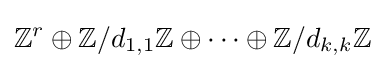
\mathbb {Z} ^{r}\oplus \mathbb {Z} /d_{1,1}\mathbb {Z} \oplus \cdots \oplus \mathbb {Z} /d_{k,k}\mathbb {Z}